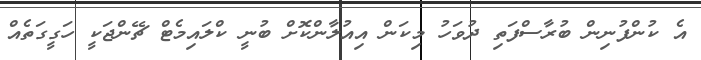
އެ ކުންފުނިން ބުރާސްފަތި ދުވަހު މިކަން އިއުލާންކޮށް ބުނީ ކްލައިމެޓް ޗޭންޖަކީ ހަގީގަތެއް